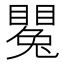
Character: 𥋥